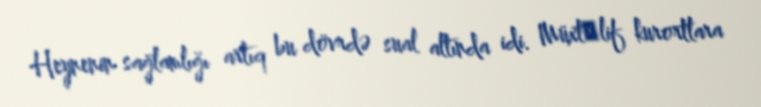
Heynenin sağlamlığı artıq bu dövrdə sual altında idi. Müxtәlif kurortlara